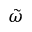
\tilde { \omega }